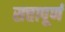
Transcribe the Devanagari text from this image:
सत्तापूर्ण